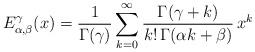
LaTeX: \begin{align*}E^\gamma_{\alpha,\beta}(x) &= \frac{1}{\Gamma(\gamma)} \sum_{k=0}^\infty \frac{\Gamma(\gamma+k)}{k!\,\Gamma(\alpha k+\beta)}\, x^k \end{align*}